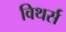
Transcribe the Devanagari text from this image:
विथर्स